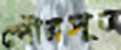
পৌরসূত্র